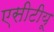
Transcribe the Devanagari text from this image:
एसीटीयू